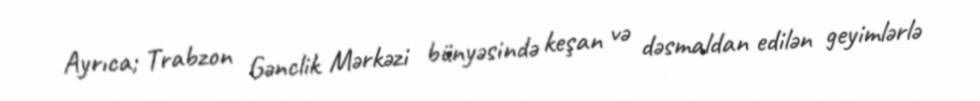
Ayrıca; Trabzon Gənclik Mərkəzi bünyəsində keşan və dəsmaldan edilən geyimlərlə